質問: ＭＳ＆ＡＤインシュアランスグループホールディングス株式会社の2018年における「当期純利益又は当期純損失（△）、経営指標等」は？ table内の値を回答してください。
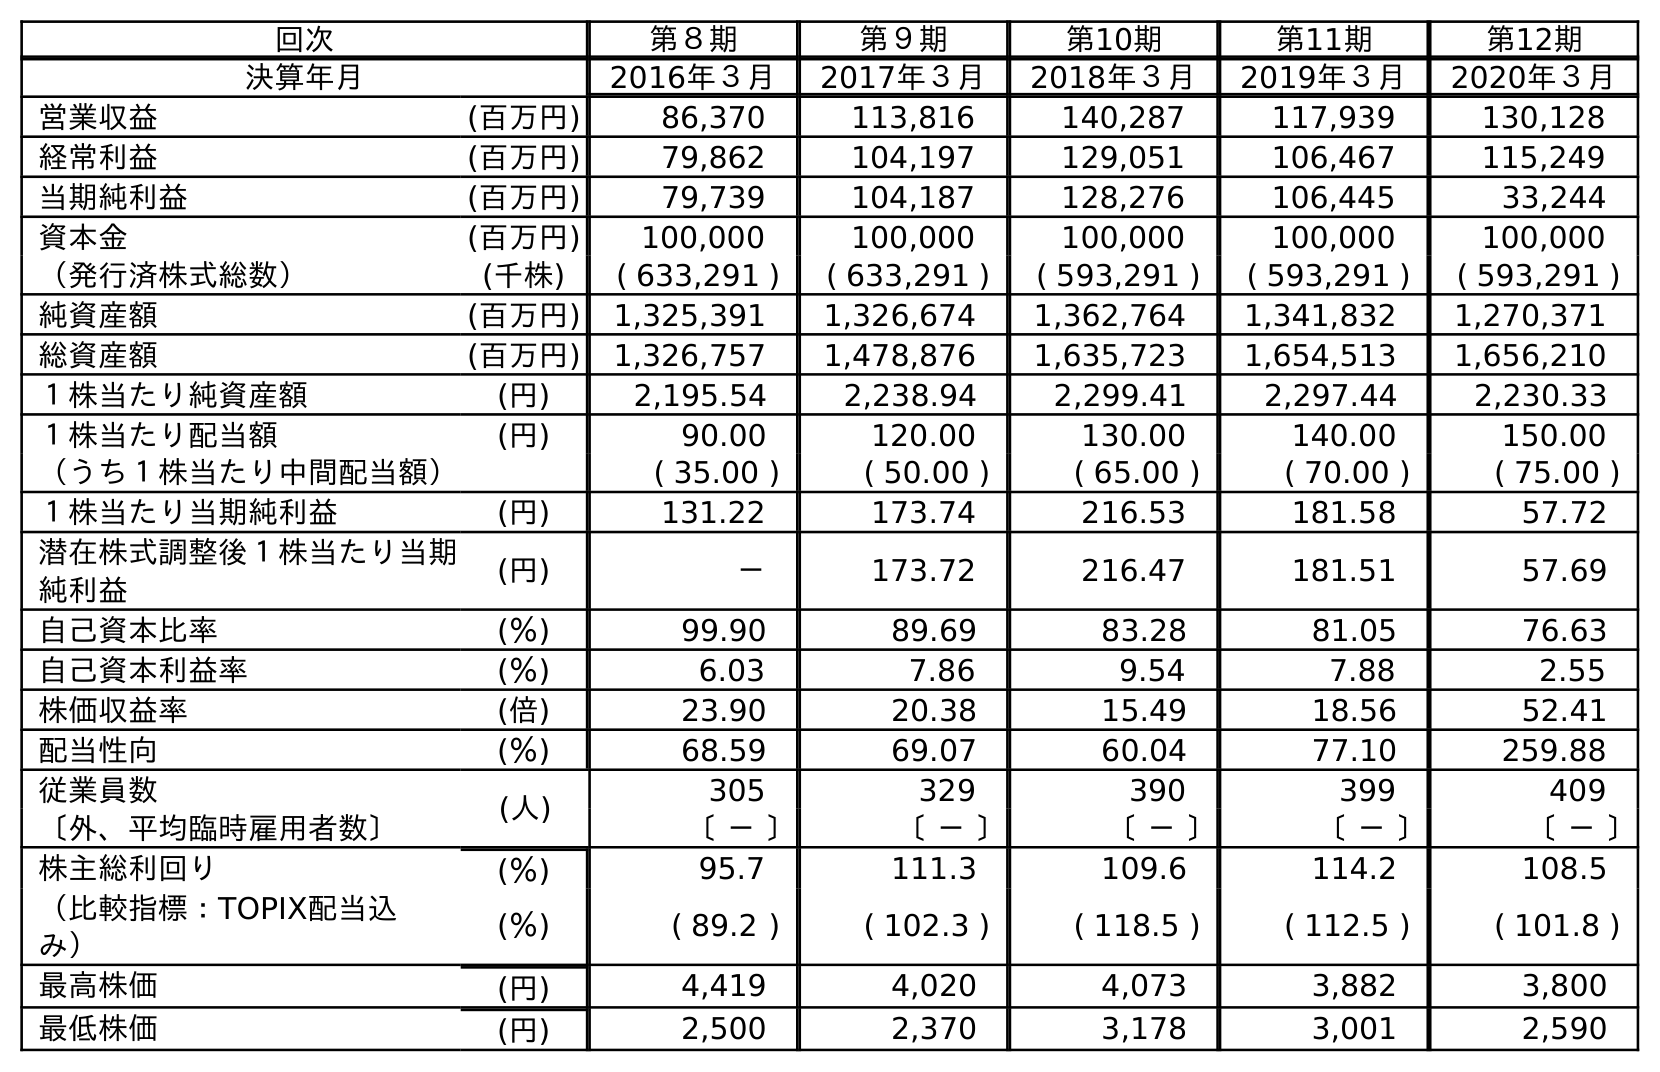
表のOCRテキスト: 回次 第８期 第９期 第10期 第11期 第12期 決算年月 2016年３月 2017年３月 2018年３月 2019年３月 2020年３月 営業収益 (百万円) 86,370 113,816 140,287 117,939 130,128 経常利益 (百万円) 79,862 104,197 129,051 106,467 115,249 当期純利益 (百万円) 79,739 104,187 128,276 106,445 33,244 資本金 (百万円) 100,000 100,000 100,000 100,000 100,000 （発行済株式総数） (千株) ( 633,291 ) ( 633,291 ) ( 593,291 ) ( 593,291 ) ( 593,291 ) 純資産額 (百万円) 1,325,391 1,326,674 1,362,764 1,341,832 1,270,371 総資産額 (百万円) 1,326,757 1,478,876 1,635,723 1,654,513 1,656,210 １株当たり純資産額 (円) 2,195.54 2,238.94 2,299.41 2,297.44 2,230.33 １株当たり配当額 (円) 90.00 120.00 130.00 140.00 150.00 （うち１株当たり中間配当額） ( 35.00 ) ( 50.00 ) ( 65.00 ) ( 70.00 ) ( 75.00 ) １株当たり当期純利益 (円) 131.22 173.74 216.53 181.58 57.72 潜在株式調整後１株当たり当期 純利益 (円) － 173.72 216.47 181.51 57.69 自己資本比率 (％) 99.90 89.69 83.28 81.05 76.63 自己資本利益率 (％) 6.03 7.86 9.54 7.88 2.55 株価収益率 (倍) 23.90 20.38 15.49 18.56 52.41 配当性向 (％) 68.59 69.07 60.04 77.10 259.88 従業員数 (人) 305 329 390 399 409 〔外、平均臨時雇用者数〕 〔 － 〕 〔 － 〕 〔 － 〕 〔 － 〕 〔 － 〕 株主総利回り (％) 95.7 111.3 109.6 114.2 108.5 （比較指標：TOPIX配当込 み） (％) ( 89.2 ) ( 102.3 ) ( 118.5 ) ( 112.5 ) ( 101.8 ) 最高株価 (円) 4,419 4,020 4,073 3,882 3,800 最低株価 (円) 2,500 2,370 3,178 3,001 2,590
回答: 128,276